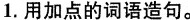
1.用加点的词语造句。